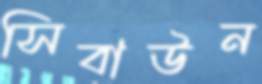
সিবাউন